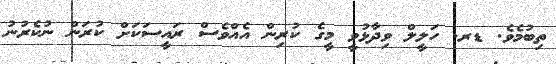
ތިބުމެވެ. ޑރ. ހަލީލް ވިދާޅުވީ މީގެ ކުރިން އެއްވެސް ރައީސަކަށް ކުރަން ނުކެރުނު